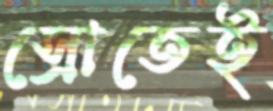
স্রোতেই